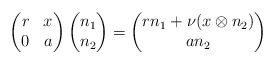
\begin{align*}\begin{pmatrix} r & x \\ 0 & a \end{pmatrix} \begin{pmatrix} n_1 \\ n_2 \end{pmatrix} = \begin{pmatrix} rn_1 + \nu(x\otimes n_2) \\ an_2 \end{pmatrix}\end{align*}